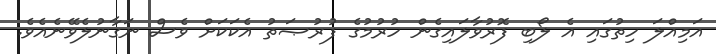
އަމިއްލަ ހިތުގައި އެ ލޯބި ފޮރުވާލައިގެން ހުރުމުގެ ފުރުޞަތު އެކަކަށް ވެސް ނަގާނުލެވޭނެއެވެ.